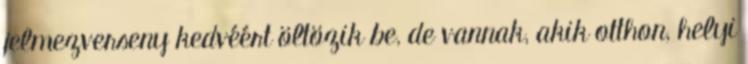
jelmezverseny kedvéért öltözik be, de vannak, akik otthon, helyi